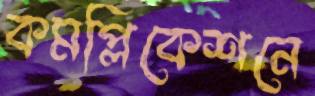
কমপ্লিকেশনে